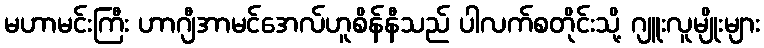
မဟာမင်းကြီး ဟာဂျီအာမင်အေလ်ဟူစိန်နီသည် ပါလက်စတိုင်းသို့ ဂျူးလူမျိုးများ